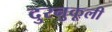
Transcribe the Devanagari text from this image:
दुरनुकूली